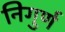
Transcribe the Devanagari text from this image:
निगुर्ण